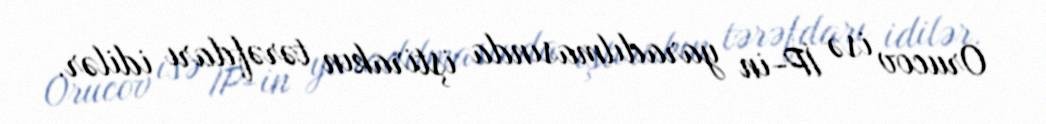
Orucov isə İP-in yaradılmasında iştirakın tərəfdarı idilər.